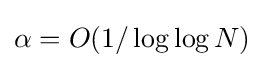
\alpha =O(1/\log \log N)